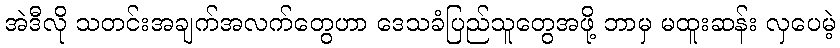
အဲဒီလို သတင်းအချက်အလက်တွေဟာ ဒေသခံပြည်သူတွေအဖို့ ဘာမှ မထူးဆန်း လှပေမဲ့